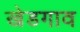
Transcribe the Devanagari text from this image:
खेडगाव